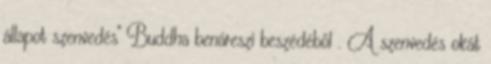
állapot szenvedés" Buddha benáreszi beszédéből . A szenvedés okát